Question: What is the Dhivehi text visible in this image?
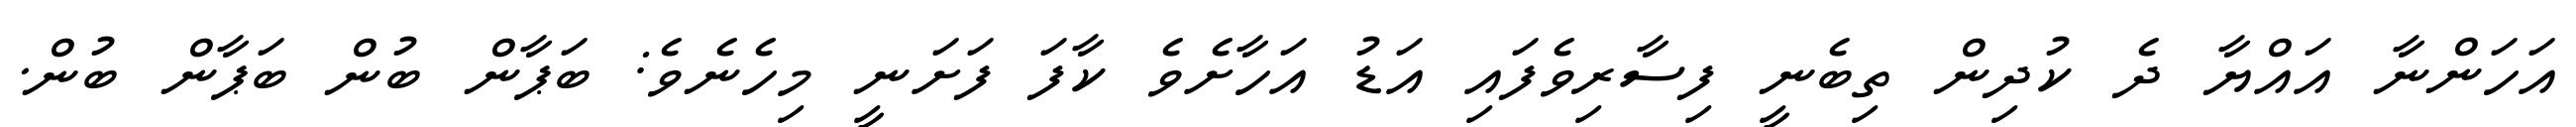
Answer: އަހަންނާ އައްޔާ ދެ ކުދިން ތިބެނީ ފިސާރިވެފައި އަޑު އަހާށެވެ ކާފަ ފަށަނީ މިހެނެވެ: ބަޕާން ބުން ބަޕާން ބުން.